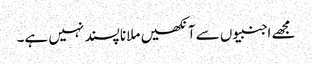
مجھے اجنبیوں سے آنکھیں ملانا پسند نہیں ہے۔